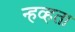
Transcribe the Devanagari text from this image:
न्हव्हता